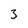
Character: 3